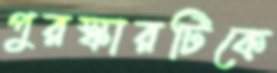
পুরস্কারটিকে